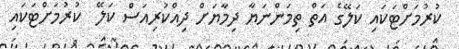
ކުރުމަށްޓަކައި ކަލޭގެ އަތް ތިމަންނަޔާ ދިމާޔަށް ދިއްކުރިއަސް ކަލޭ  ކުރުމަށްޓަކައި